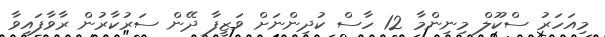
މިއަހަރު ސްކޫލް މިނިންމާ 12 ހާސް ކުދިންނަށް ވަޒީފާ ދޭން ސަރުކާރުން ރާވާފައިވާ